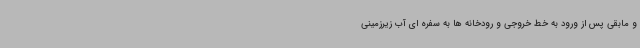
و مابقی پس از ورود به خط خروجی و رودخانه ها به سفره ای آب زیرزمینی